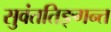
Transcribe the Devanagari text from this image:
सुवंततिङ्गन्त